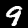
Digit: 9